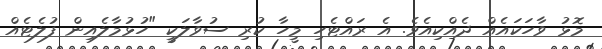
މޮޅު ވާހަކައެއް ދެއްކިއެވެ. އެ ރައްޓެހި މީހާ ކުރި ސުވާލަކީ "ހުޅުމާލެއިން ފުލެޓެއް